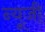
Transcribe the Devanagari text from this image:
न्यूजी